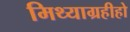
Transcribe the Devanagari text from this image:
मिथ्याग्रहीहो